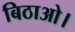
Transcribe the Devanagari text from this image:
बिठाओ।